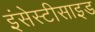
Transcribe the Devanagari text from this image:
इंसेस्टीसाइड